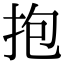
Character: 抱